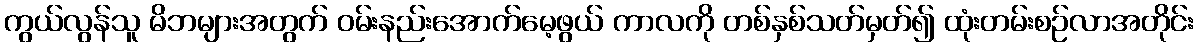
ကွယ်လွန်သူ မိဘများအတွက် ဝမ်းနည်းအောက်မေ့ဖွယ် ကာလကို တစ်နှစ်သတ်မှတ်၍ ထုံးတမ်းစဉ်လာအတိုင်း